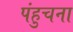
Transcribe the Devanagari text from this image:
पंहुचना